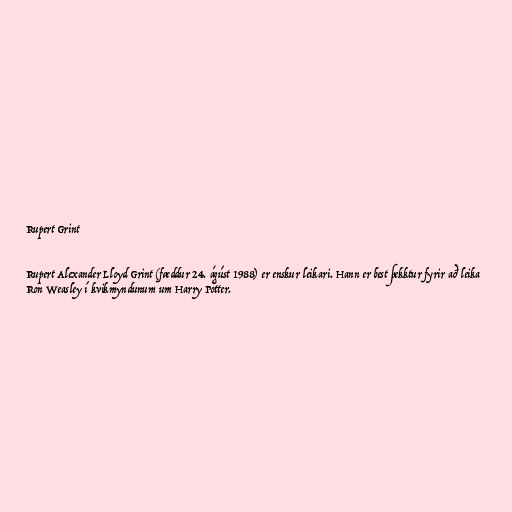
Rupert Grint

Rupert Alexander Lloyd Grint (fæddur 24. ágúst 1988) er enskur leikari. Hann er best þekktur fyrir að leika
Ron Weasley í kvikmyndunum um Harry Potter.